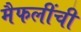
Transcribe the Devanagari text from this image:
मैफलींची